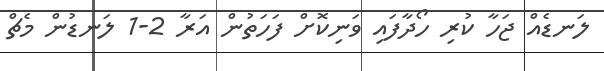
ލަނޑެއް ޖަހާ ކުރި ހޯދާފައި ވަނިކޮށް ފަހަތުން އަރާ 2-1 ލަނޑުން މެޗް